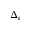
\Delta _ { e }